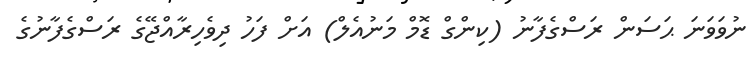
ނުވަވަނަ ޙަސަން ރަސްގެފާނު (ކިންގް ޑޮމް މަނުއެލް) އަށް ފަހު ދިވެހިރާއްޖޭގެ ރަސްގެފާނުގެ